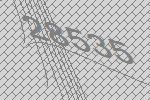
28535